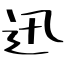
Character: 迅